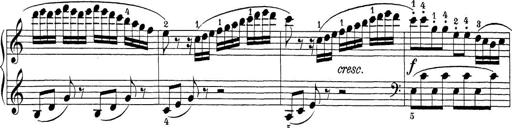
Title: Sonatina Album
Composer: Louis KÃ¶hler